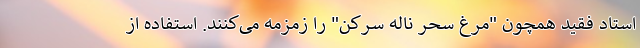
استاد فقید همچون "مرغ سحر ناله سرکن" را زمزمه می‌کنند. استفاده از